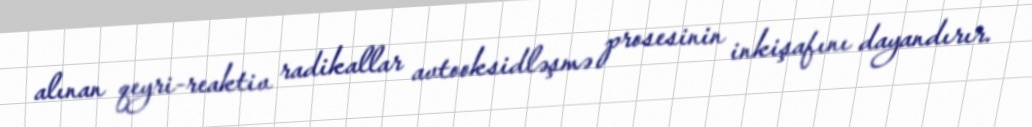
alınan qeyri-reaktiv radikallar avtooksidləşmə prosesinin inkişafını dayandırır.